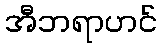
အီဘရာဟင်